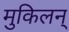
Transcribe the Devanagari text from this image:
मुकिलन्